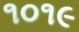
૧૦૧૯